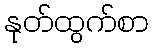
နုတ်ထွက်စာ